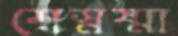
শেস্নষ্মা